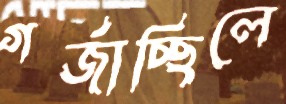
গর্জাচ্ছিলে